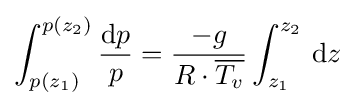
\int _{p(z_{1})}^{p(z_{2})}{\frac {\mathrm {d} p}{p}}={\frac {-g}{R\cdot {\overline {T_{v}}}}}\int _{z_{1}}^{z_{2}}\,\mathrm {d} z